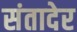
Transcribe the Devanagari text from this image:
संतादेर